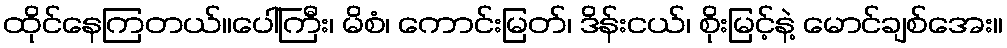
ထိုင်နေကြတယ်။ပေါ်ကြီး၊ မိစံ၊ ကောင်းမြတ်၊ ဒိန်းငယ်၊ စိုးမြင့်နဲ့ မောင်ချစ်အေး။